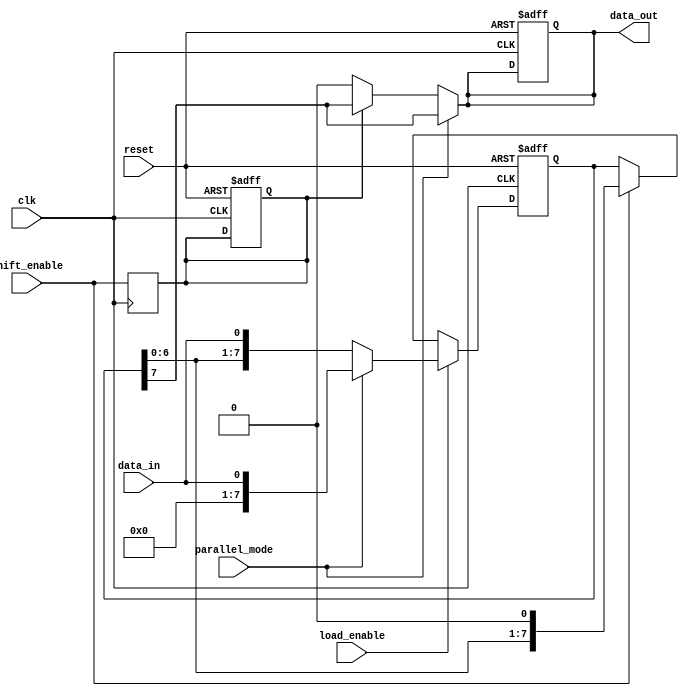
module PISO_shift_register (
    input wire clk,
    input wire reset,
    input wire parallel_mode,
    input wire shift_enable,
    input wire load_enable,
    input wire data_in,
    output reg data_out
);

reg [7:0] register;
reg output_en;

always @(posedge clk or posedge reset) begin
    if (reset) begin
        register <= 8'd0;
        data_out <= 1'b0;
        output_en <= 1'b0;
    end else begin
        if (load_enable) begin
            if (parallel_mode) begin
                register <= data_in;
            end else begin
                register <= {register[6:0], data_in};
            end
        end else if (shift_enable) begin
            register <= {register[6:0], 1'b0};
        end
    end
end

always @(*) begin
    if (parallel_mode) begin
        data_out <= register[7];
    end else begin
        data_out <= output_en ? register[7] : 1'b0;
    end
end

always @(posedge clk) begin
    output_en <= shift_enable;
end

endmodule